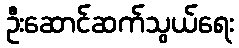
ဦးဆောင်ဆက်သွယ်ရေး